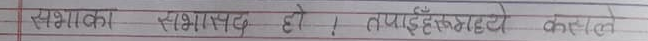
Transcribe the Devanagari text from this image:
सभाका सभासद हो। तपाईहरूमद्धये कस्ले